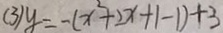
( 3 ) y = - ( x ^ { 2 } + 2 x + 1 - 1 ) + 3